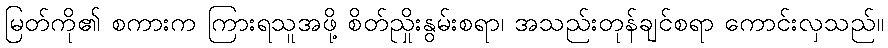
မြတ်ကို၏ စကားက ကြားရသူအဖို့ စိတ်ညှိုးနွမ်းစရာ၊ အသည်းတုန်ချင်စရာ ကောင်းလှသည်။